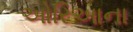
ઓરિઆના